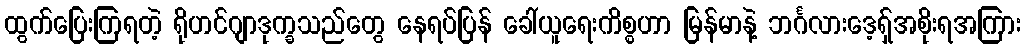
ထွက်ပြေးကြရတဲ့ ရိုဟင်ဂျာဒုက္ခသည်တွေ နေရပ်ပြန် ခေါ်ယူရေးကိစ္စဟာ မြန်မာနဲ့ ဘင်္ဂလားဒေ့ရ်ှအစိုးရအကြား